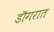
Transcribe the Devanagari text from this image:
डॊगरात